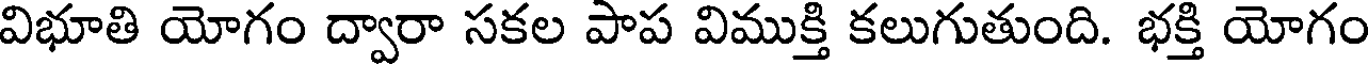
విభూతి యోగం ద్వారా సకల పాప విముక్తి కలుగుతుంది. భక్తి యోగం